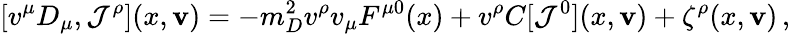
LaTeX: [v^{\mu}D_{\mu},{\cal J}^{\rho}](x,{\mathbf v})=-m_{D}^{2}v^{\rho}v_{\mu}F^{\mu 0}(x)+v^{\rho}C[{\cal J}^{0}](x,{\mathbf v})+\zeta^{\rho}(x,{\mathbf v})\, ,